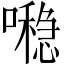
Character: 𪢖